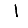
Digit: 1